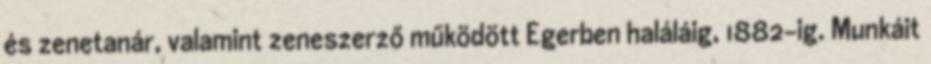
és zenetanár, valamint zeneszerző működött Egerben haláláig, 1882-ig. Munkáit